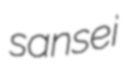
sansei